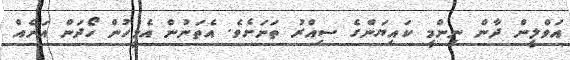
އަވްލީން ދާން ނިންމީ ކައިޔަންގެ ސިއްރު ތަނަށެވެ. އެތަނުން އެމީހުން ހޯދަން އަނެއް